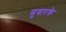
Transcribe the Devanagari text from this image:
सुधारके